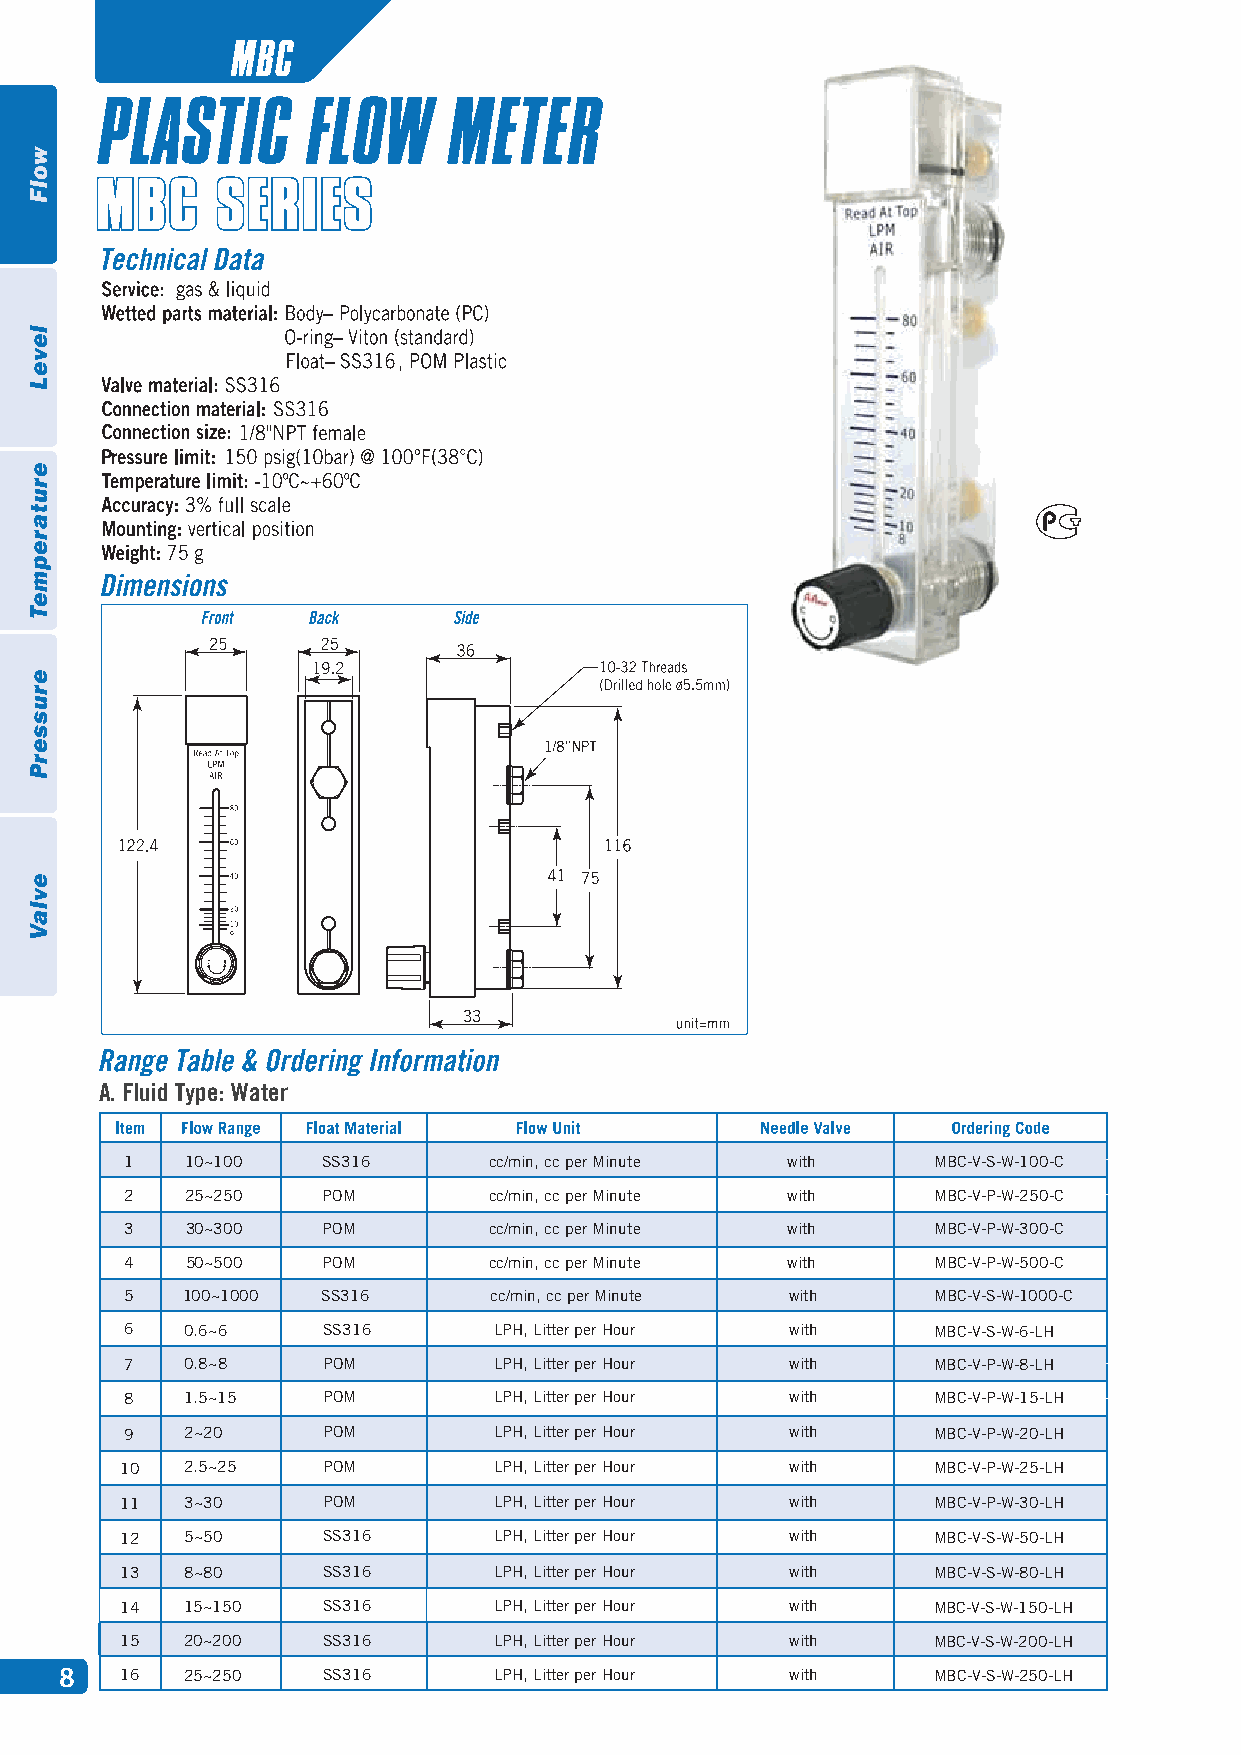
MBC
 A. Fluid Type: Water
 1   10~100   SS316      cc/min, cc per Minute with    MBC-V-S-W-100-C
 2   25~250   POM        cc/min, cc per Minute with    MBC-V-P-W-250-C
 3   30~300   POM        cc/min, cc per Minute with    MBC-V-P-W-300-C
 4   50~500   POM        cc/min, cc per Minute with    MBC-V-P-W-500-C
 5   100~1000 SS316      cc/min, cc per Minute with    MBC-V-S-W-1000-C
 6   0.6~6    SS316       LPH, Litter per Hour with    MBC-V-S-W-6-LH
 7   0.8~8    POM         LPH, Litter per Hour with    MBC-V-P-W-8-LH
 8   1.5~15   POM         LPH, Litter per Hour with    MBC-V-P-W-15-LH
 9   2~20     POM         LPH, Litter per Hour with    MBC-V-P-W-20-LH
 10  2.5~25   POM         LPH, Litter per Hour with    MBC-V-P-W-25-LH
 11  3~30     POM         LPH, Litter per Hour with    MBC-V-P-W-30-LH
 12  5~50     SS316       LPH, Litter per Hour with    MBC-V-S-W-50-LH
 13  8~80     SS316       LPH, Litter per Hour with    MBC-V-S-W-80-LH
 14  15~150   SS316       LPH, Litter per Hour with    MBC-V-S-W-150-LH
 15  20~200   SS316       LPH, Litter per Hour with    MBC-V-S-W-200-LH
 8
 16  25~250   SS316       LPH, Litter per Hour with    MBC-V-S-W-250-LH
 wolF
 leveL
 erutarepmeT
 erusserP
 evlaV